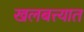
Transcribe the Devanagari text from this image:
खलबत्त्यात